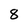
Character: 8